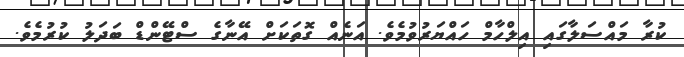
ކުރާ މައްސަލާގައި އިލްހާމް ހައްޔަރުވުމެވެ. އަނެއް ގޮތަކަށް އޭނާގެ ސްޓޭންޑް ބަދަލު ކުރުމެވެ.